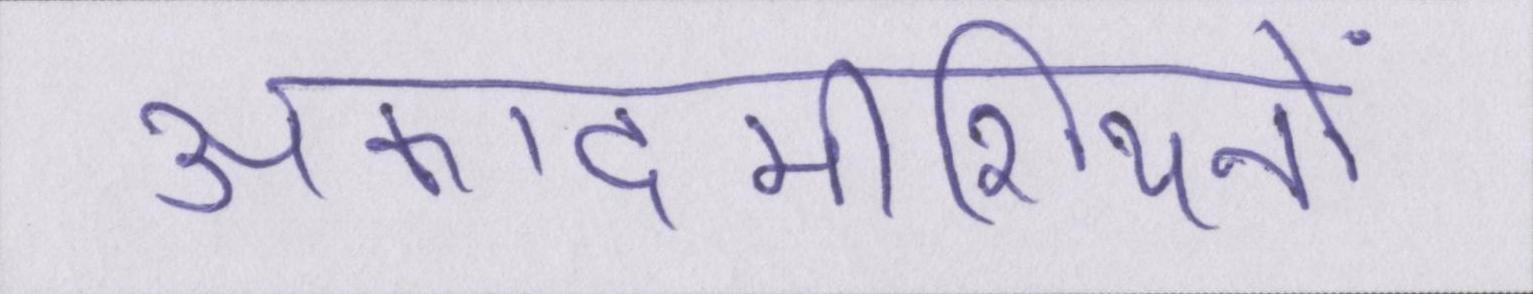
अकादमीशियनों